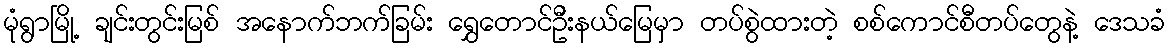
မုံရွာမြို့ ချင်းတွင်းမြစ် အနောက်ဘက်ခြမ်း ရွှေတောင်ဦးနယ်မြေမှာ တပ်စွဲထားတဲ့ စစ်ကောင်စီတပ်တွေနဲ့ ဒေသခံ